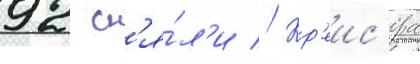
92 сн'я́л'и // Кр'еис'ера